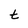
Character: t